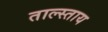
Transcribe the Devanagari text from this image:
ताल्स्ताय